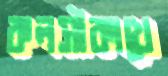
কলসীকাখে